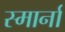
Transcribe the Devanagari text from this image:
स्मार्ना